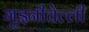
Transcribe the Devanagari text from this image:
गुइनीचेल्ली